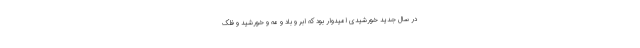
در سال جدید خورشیدی امیدوار بود که ابر و باد و مه و خورشید و فلک